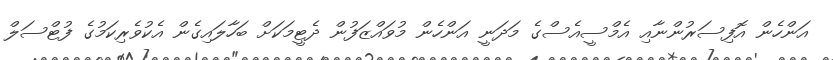
އަންހެން އޮފިސަރުންނާއި އެމްސީއެސްގެ މަދަނީ އަންހެން މުވައްޒަފުން ދެޓީމަކަށް ބަހާލައިގެން އެކުވެރިކަމުގެ ފުޓްސަލް